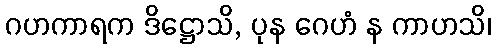
ဂဟကာရက ဒိဋ္ဌောသိ, ပုန ဂေဟံ န ကာဟသိ၊